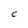
Character: C